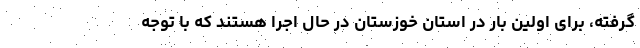
گرفته، برای اولین بار در استان خوزستان در حال اجرا هستند که با توجه